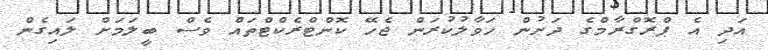
އަދި އެ ޕްރޮގްރާމްގެ ދަށުން ހަވާލުކުރަން ޖެހޭ ކޮންޓްރެކްޓްތައް ވެސް ބީލަމަށް ލައިގެން